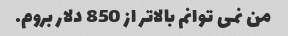
من نمی توانم بالاتر از 850 دلار بروم.